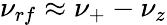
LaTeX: \nu_{rf}\approx\nu_{+}-\nu_{z}